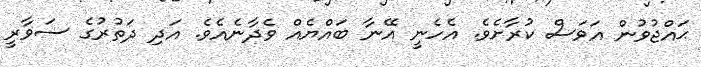
ޙައްޖުވުން އަވަސް ކުރާށެވެ. އެހެނީ އޭނާ ބައްޔެއް ވެދާނެއެވެ. އަދި ދަތުރުގެ ސަވާރީ